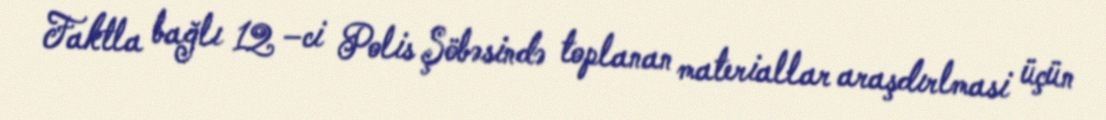
Faktla bağlı 12 –ci Polis Şöbəsində toplanan materiallar araşdırlmasi üçün